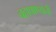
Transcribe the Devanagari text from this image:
चहापाण्याची